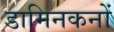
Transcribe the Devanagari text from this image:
डामिनकनों